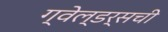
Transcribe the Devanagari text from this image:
ग्वेल्डर्सची